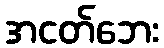
အငတ်ဘေး